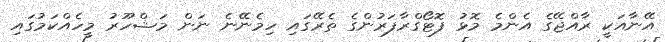
އޭނާއަކީ ރާއްޖޭގެ އެންމެ މޮޅު ފޮޓޯގްރާފަރުންގެ ތެރޭގައި ހިމެނޭނެ ނަން މަޝްހޫރު މީހެއްކަމުގައި